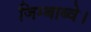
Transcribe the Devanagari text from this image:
जिम्बाब्वे।